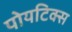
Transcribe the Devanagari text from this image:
पोयटिक्स